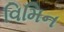
વિમિન